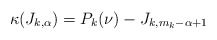
\begin{align*}\kappa(J_{k,\alpha}) = P_k(\nu)-J_{k, m_k -\alpha+1}\end{align*}